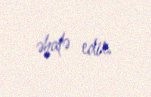
əhatə edir.